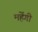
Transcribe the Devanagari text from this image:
महेंगी